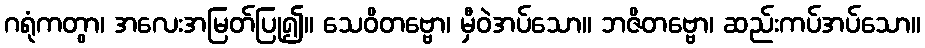
ဂရုံကတွာ၊ အလေးအမြတ်ပြု၍။ သေဝိတဗ္ဗော၊ မှီဝဲအပ်သော။ ဘဇိတဗ္ဗော၊ ဆည်းကပ်အပ်သော။